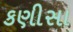
કણીસા